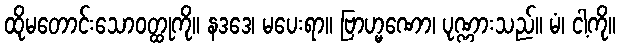
ထိုမတောင်းသောဝတ္ထုကို။ နဒဒေ၊ မပေးရာ။ ဗြာဟ္မဏော၊ ပုဏ္ဏားသည်။ မံ၊ ငါ့ကို။